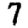
Digit: 7